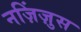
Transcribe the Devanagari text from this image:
नज़िंज़ुस